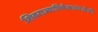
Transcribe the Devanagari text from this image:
शिवराज्याभिषेकाच्यावेळी